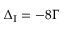
\Delta _ { \mathrm { I } } = - 8 \Gamma